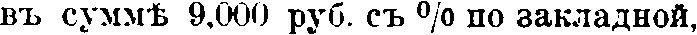
вь суммѣ 9,000 руб. съ % по закладной